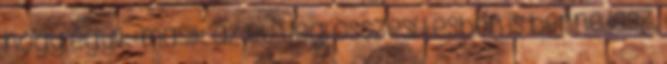
hogy egyik-másik az év végi összesítésben is benne lesz.